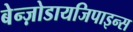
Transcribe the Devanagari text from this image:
बेन्ज़ोडायजिपाइन्स